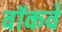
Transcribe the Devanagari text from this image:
वॉकवे